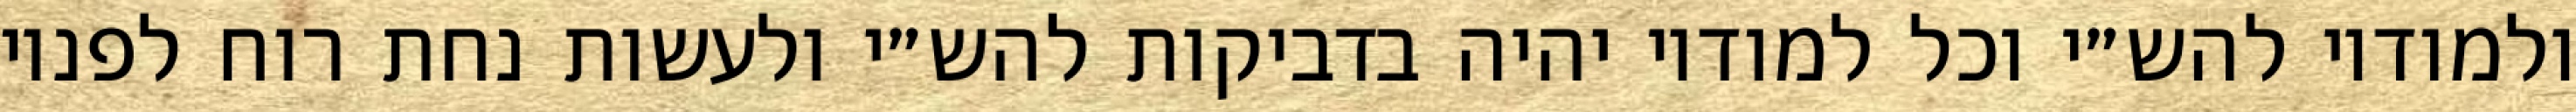
ולמודיו להש״י וכל למודיו יהיה בדביקות להש״י ולעשות נחת רוח לפניו